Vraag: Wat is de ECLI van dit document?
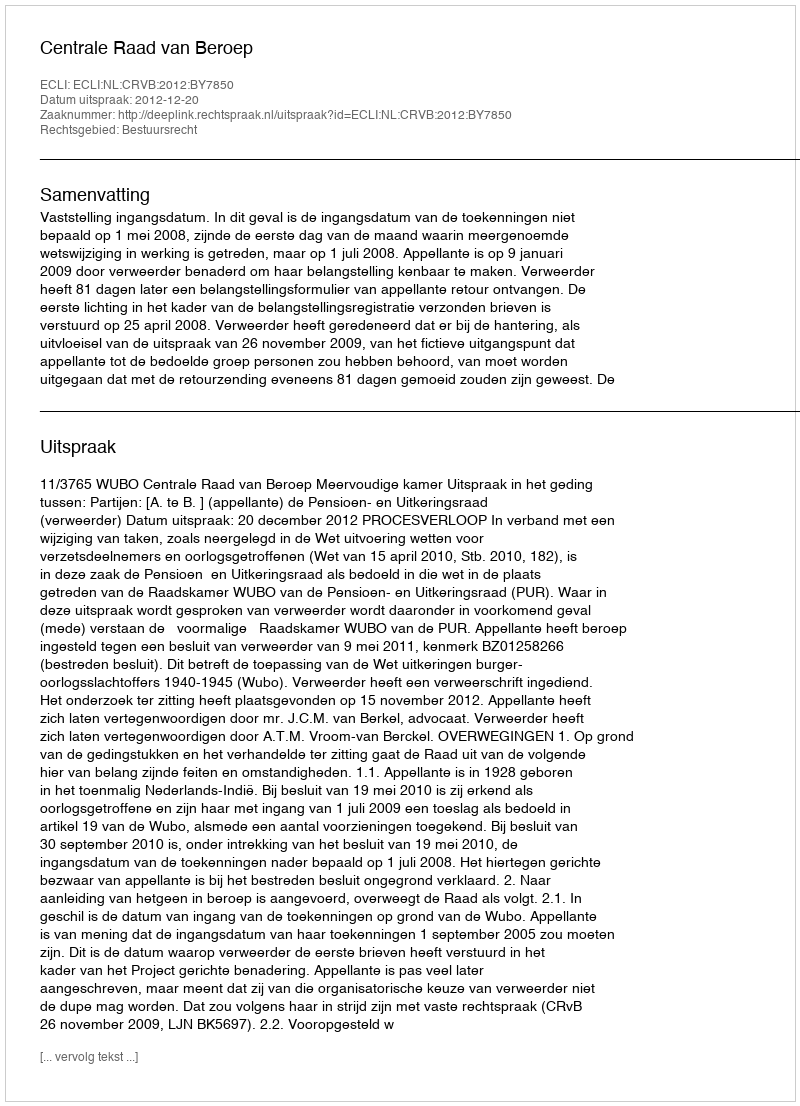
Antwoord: ECLI:NL:CRVB:2012:BY7850